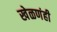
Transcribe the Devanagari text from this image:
खेळणंही